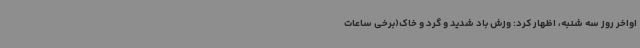
اواخر روز سه شنبه، اظهار کرد: وزش باد شدید و گرد و خاک(برخی ساعات